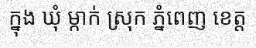
ក្នុង ឃុំ ម្កាក់ ស្រុក ភ្នំពេញ ខេត្ត